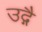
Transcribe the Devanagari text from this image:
उद्गै